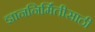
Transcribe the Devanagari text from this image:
ज्ञाननिर्मितीसाठी